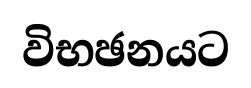
විභඡනයට